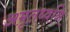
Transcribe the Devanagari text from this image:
अमृतध्वनि